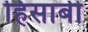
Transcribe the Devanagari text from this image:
हिसाबी